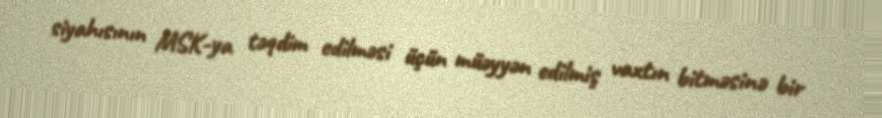
siyahısının MSK-ya təqdim edilməsi üçün müəyyən edilmiş vaxtın bitməsinə bir